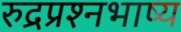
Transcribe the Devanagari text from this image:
रुद्रप्रश्नभाष्य